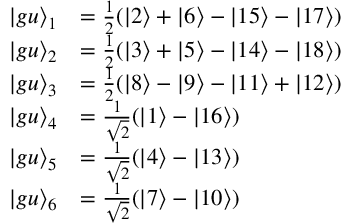
\begin{array} { r l } { \vert g u \rangle _ { 1 } } & { = \frac { 1 } { 2 } ( \vert 2 \rangle + \vert 6 \rangle - \vert 1 5 \rangle - \vert 1 7 \rangle ) } \\ { \vert g u \rangle _ { 2 } } & { = \frac { 1 } { 2 } ( \vert 3 \rangle + \vert 5 \rangle - \vert 1 4 \rangle - \vert 1 8 \rangle ) } \\ { \vert g u \rangle _ { 3 } } & { = \frac { 1 } { 2 } ( \vert 8 \rangle - \vert 9 \rangle - \vert 1 1 \rangle + \vert 1 2 \rangle ) } \\ { \vert g u \rangle _ { 4 } } & { = \frac { 1 } { \sqrt { 2 } } ( \vert 1 \rangle - \vert 1 6 \rangle ) } \\ { \vert g u \rangle _ { 5 } } & { = \frac { 1 } { \sqrt { 2 } } ( \vert 4 \rangle - \vert 1 3 \rangle ) } \\ { \vert g u \rangle _ { 6 } } & { = \frac { 1 } { \sqrt { 2 } } ( \vert 7 \rangle - \vert 1 0 \rangle ) } \end{array}